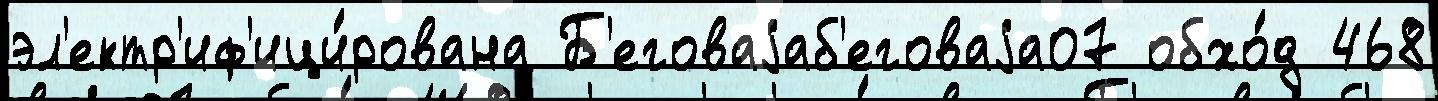
эл'ектр'иф'ици́рована Б'еговаjаб'еговаjа07 обхо́д 468